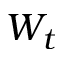
W _ { t }